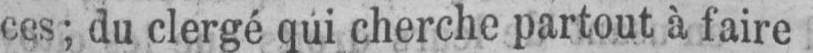
ces; du clergé qui cherche partout à faire